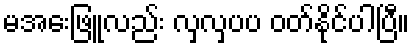
မအေးဖြူလည်း လှလှပပ ဝတ်နိုင်ပါပြီ။